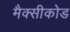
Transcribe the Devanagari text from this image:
मैक्सीकोड